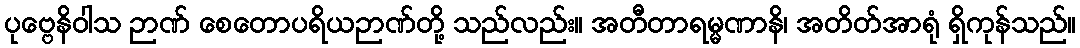
ပုဗ္ဗေနိဝါသ ဉာဏ် စေတောပရိယဉာဏ်တို့ သည်လည်း။ အတီတာရမ္မဏာနိ၊ အတိတ်အာရုံ ရှိကုန်သည်။